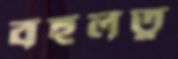
বহুলত্ব